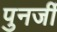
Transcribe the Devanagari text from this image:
पुनर्जी